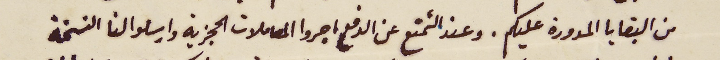
من البقايا المدورة عليكم. وعند التمنع عن الدفع اجروا المعاملات الحجزية وارسلوا لنا النسخة